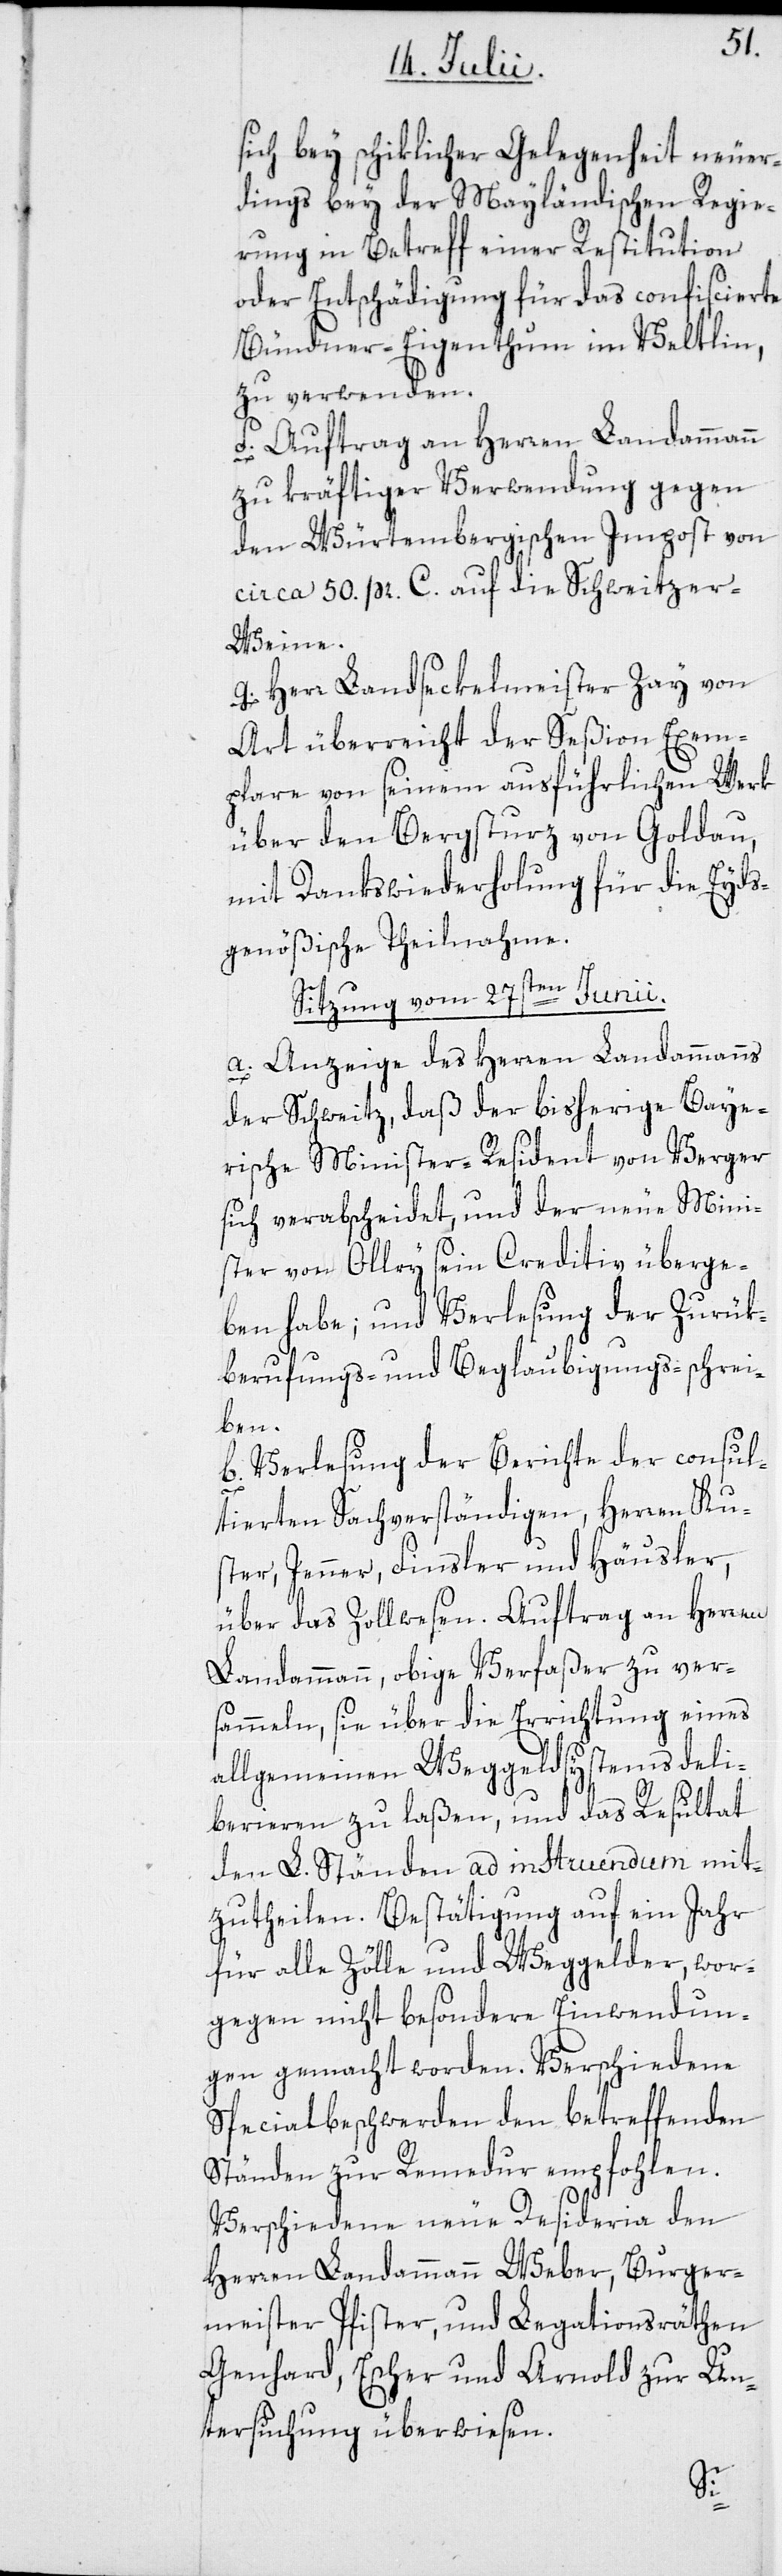
sich bey schiklicher Gelegenheit neuer¬
dings bey der Mayländischen Regie¬
rung in Betreff einer Restitution
oder Entschädigung für das confiscierte
Bündner-Eigenthum im Veltlin,
zu verwenden.
f. Auftrag an Herren Landammann
zu kräftiger Verwendung gegen
den Würtembergischen Impost von
circa 50 pr. C. auf die Schweitzer-W¬
eine.
g. Herr Landseckelmeister Zay von
Art überreicht der Seßion Exem¬
plare von seinem ausführlichen Werk
über den Bergsturz von Goldau,
mit Dankswiederholung für die Eyds¬
genößische Theilnahme.
Sitzung vom 27sten Junii.
a. Anzeige des Herren Landammanns
der Schweitz, daß der bisherige Baye¬
rische Minister-Resident von Verger
sich verabscheidet, und der neue Mini¬
ster von Ollry sein Creditiv überge¬
ben habe; und Verlesung der Zurük¬
berufungs- und Beglaubigungs-schrei¬
ben.
b. Verlesung der Berichte der consul¬
tierten Sachverständigen, Herren Kus¬
ter, Jenner, Finsler und Häusler,
über das Zollwesen. Auftrag an Herren
Landammann, obige Verfaßer zu ver¬
sammeln, sie über die Errichtung eines
allgemeinen Weggeldsystems deli¬
berieren zu laßen, und das Resultat
den L. Ständen ad instruendum mit¬
zutheilen. Bestätigung auf ein Jahr
für alle Zölle und Weggelder, wor¬
gegen nicht besondere Einwendun¬
gen gemacht worden. Verschiedene
Specialbeschwerden den betreffenden
Ständen zur Remedur empfohlen.
Verschiedene neue Desideria den
Herren Landammann Weber, Burger¬
meister Pfister, und Legationsräthen
Genhard, Escher und Arnold zur Un¬
tersuchung überwiesen.